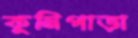
কুনিপাড়া